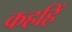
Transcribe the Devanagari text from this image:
कहहिं